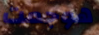
هوجمت